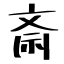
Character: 斎